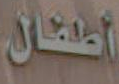
أطفال